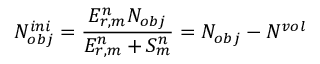
N _ { o b j } ^ { i n i } = \frac { E _ { r , m } ^ { n } N _ { o b j } } { E _ { r , m } ^ { n } + S _ { m } ^ { n } } = N _ { o b j } - N ^ { v o l }